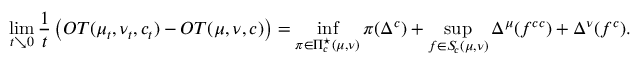
\operatorname* { l i m } _ { t \searrow 0 } \frac { 1 } { t } \left( O T ( \mu _ { t } , \nu _ { t } , c _ { t } ) - O T ( \mu , \nu , c ) \right) = \operatorname* { i n f } _ { \pi \in \Pi _ { c } ^ { \star } ( \mu , \nu ) } \pi ( \Delta ^ { c } ) + \operatorname* { s u p } _ { f \in S \! _ { c } ( \mu , \nu ) } \Delta ^ { \mu } ( f ^ { c c } ) + \Delta ^ { \nu } ( f ^ { c } ) .